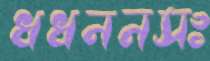
ধধননসঃ